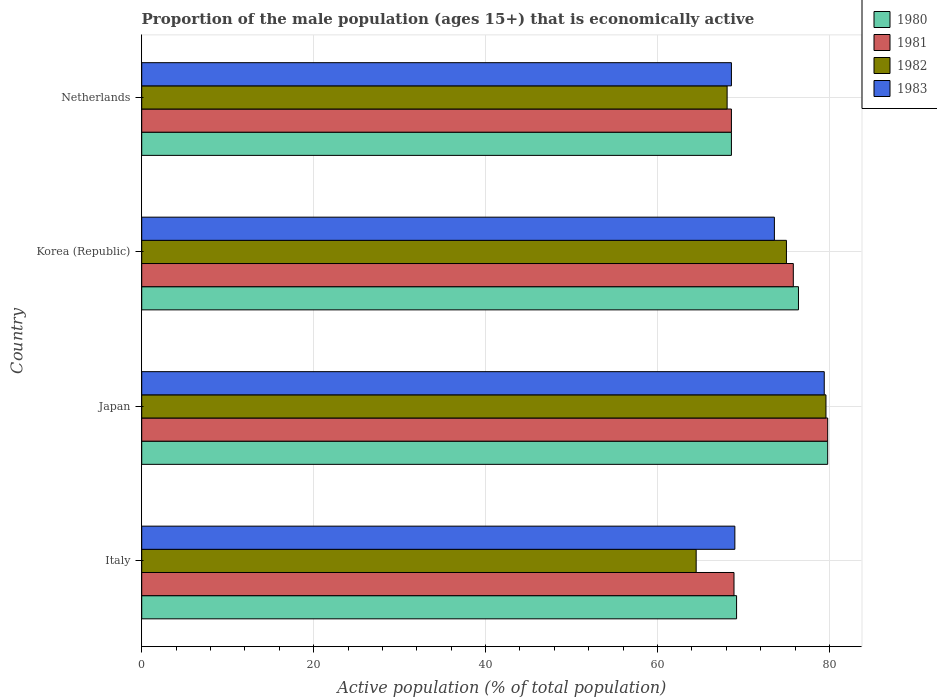
| Country | 1980 | 1981 | 1982 | 1983 |
 | --- | --- | --- | --- | --- |
 | Italy | 69.2 | 68.9 | 64.5 | 69 |
 | Japan | 79.8 | 79.8 | 79.6 | 79.4 |
 | Korea (Republic) | 76.4 | 75.8 | 75 | 73.6 |
 | Netherlands | 68.6 | 68.6 | 68.1 | 68.6 |